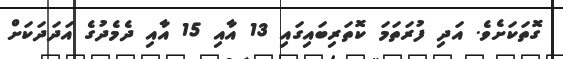
ގޮތަކަށެވެ. އަދި ފުރަތަމަ ކޮތަރިބައިގައި 13 އާއި 15 އާއި ދެމެދުގެ އަދަދަކަށް